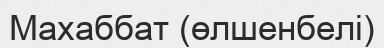
Махаббат (өлшенбелі)